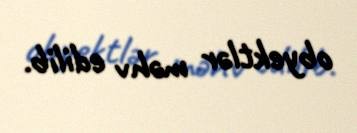
obyektlər məhv edilib.